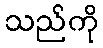
သည်ကို